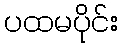
ပထမပိုင်း